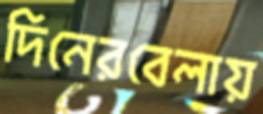
দিনেরবেলায়